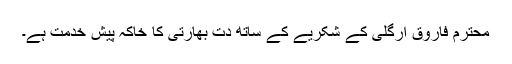
محترم فاروق ارگلی کے شکریے کے ساتھ دت بھارتی کا خاکہ پیش خدمت ہے۔